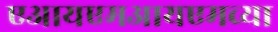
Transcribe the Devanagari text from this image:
एआयएमआयएमच्या